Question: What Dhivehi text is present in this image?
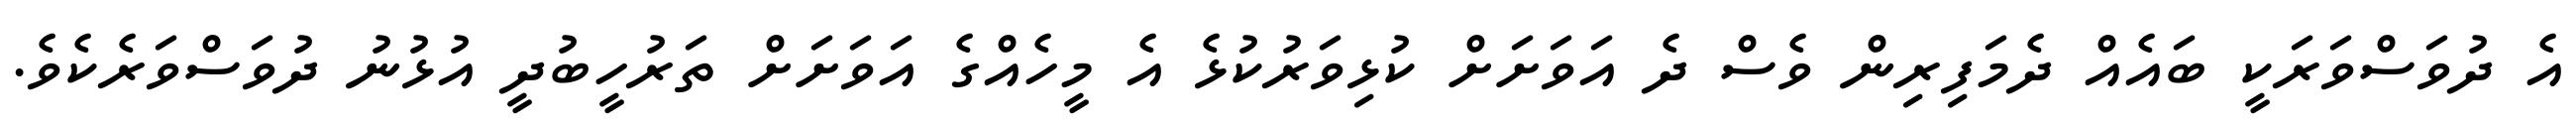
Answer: އެ ދުވަސްވަރަކީ ބައެއް ދެމަފިރިން ވެސް ދެ އަވަށަށް ކުޅިވަރުކުޅެ އެ މީހެއްގެ އަވަށަށް ތަރުހީބުދީ އުޅުނު ދުވަސްވަރެކެވެ.